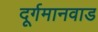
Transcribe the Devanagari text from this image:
दूर्गमानवाड